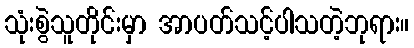
သုံးစွဲသူတိုင်းမှာ အာပတ်သင့်ပါသတဲ့ဘုရား။